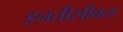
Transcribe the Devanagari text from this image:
इनतीसीबल